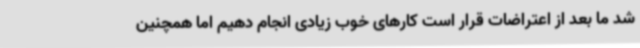
شد ما بعد از اعتراضات قرار است کارهای خوب زیادی انجام دهیم اما همچنین